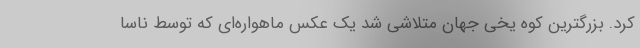
کرد. بزرگترین کوه یخی جهان متلاشی شد یک عکس ماهواره‌ای که توسط ناسا